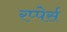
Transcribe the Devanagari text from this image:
रप्पेर्स